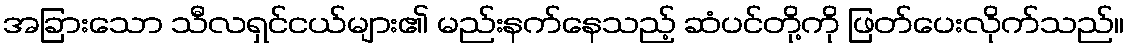
အခြားသော သီလရှင်ငယ်များ၏ မည်းနက်နေသည့် ဆံပင်တို့ကို ဖြတ်ပေးလိုက်သည်။